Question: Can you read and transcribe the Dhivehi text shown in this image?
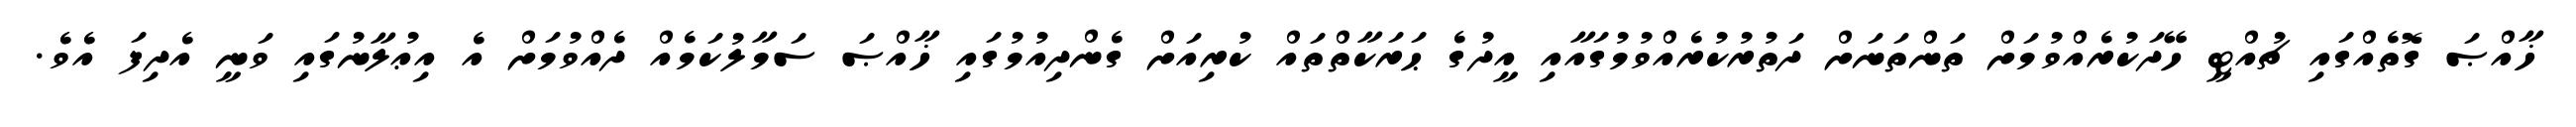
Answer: ޚާއްޞަ ގޮތެއްގައި ޗުއްޓީ ހޭދަކުރެއްވުމަށް ތަންތަނަށް ދަތުރުކުރެއްވުމުގައާއި އީދުގެ ޙަރަކާތްތައް ކުރިއަށް ގެންދިއުމުގައި ޚާއްޞަ ސަމާލުކަމެއް ދެއްވުމަށް އެ އިޢުލާނުގައި ވަނީ އެދިފަ އެވެ.